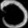
Digit: ၁